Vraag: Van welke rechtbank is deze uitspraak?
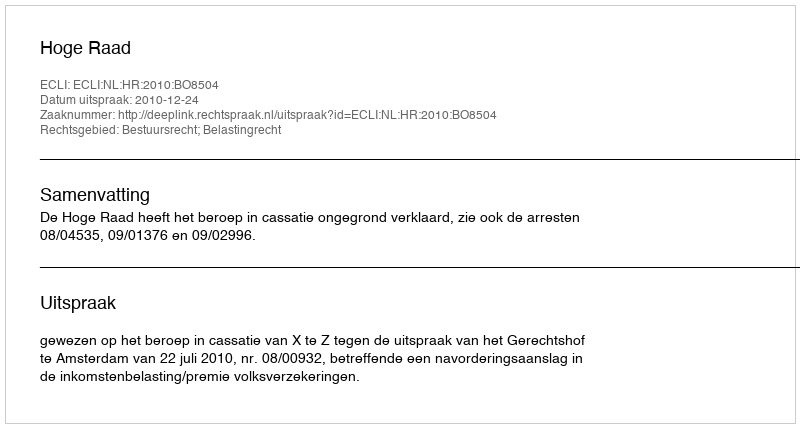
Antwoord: Hoge Raad